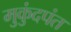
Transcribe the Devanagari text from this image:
मुकुंदपंत